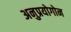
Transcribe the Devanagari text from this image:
अनुप्रयोगोन